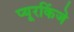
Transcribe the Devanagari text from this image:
प्यूरकिंजे